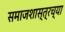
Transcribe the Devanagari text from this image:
समाजशास्त्रच्या